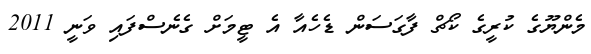
މެންޔޫގެ ކުރީގެ ކޯޗް ފާގަސަން ޑެހެއާ އެ ޓީމަށް ގެނެސްފައި ވަނީ 2011